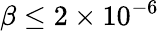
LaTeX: \beta\leq 2\times 10^{-6}